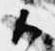
候